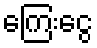
ကြေးငွေ